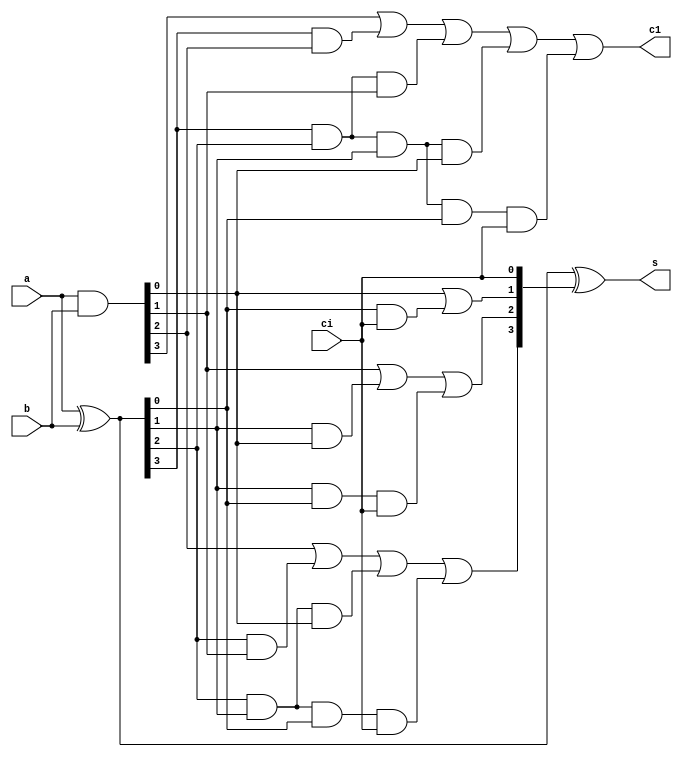
`timescale 1ns / 1ps
//////////////////////////////////////////////////////////////////////////////////
// Company: 
// Engineer: 
// 
// Design Name: 
// Module Name:    four_lac 
// Project Name: 
// Target Devices: 
// Tool versions: 
// Description: 
//
// Dependencies: 
//
// Revision: 
// Revision 0.01 - File Created
// Additional Comments: 
//
//////////////////////////////////////////////////////////////////////////////////
module four_lac(a,b,ci,s,c1);
input [3:0]a,b;
input ci;
output [3:0]s;
output c1;
wire [3:0]G,P,C;
wire [3:0]w;
//and(G,a,b);
//xor(P,a,b);
assign G=a&b;
assign P=a^b;
assign C[0]=ci;
/*
and(w[0],P[0],C[0]);
or(C[1],w[0],G[0]);
and(w[1],P[1],C[1]);
or(C[2],w[1],G[1]);
and(w[2],P[2],C[2]);
or(C[3],w[2],G[2]);
and(w[3],P[3],C[3]);
or(c1,w[3],G[3]);
//xor(s,P,C);*/
assign C[1]=G[0] | ( P[0] & ci );
assign C[2] = G[1] | ( P[1] & G[0] ) | ( P[1] & P[0] & ci );
assign C[3] = G[2] | ( P[2] & G[1] ) | ( P[2] & P[1] & G[0] ) | ( P[2] & P[1] & P[0] & ci );
assign c1=  G[3] | ( P[3] & G[2] ) | ( P[3] & P[2] & G[1] ) | ( P[3] & P[2] & P[1] & G[0] ) | ( P[3] & P[2] & P[1] & P[0] & ci );
assign s=P^C;
endmodule